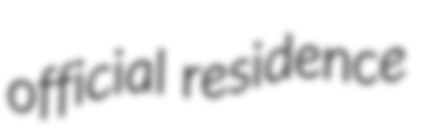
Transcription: official residence